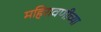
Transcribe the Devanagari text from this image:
महिरावणीच्या